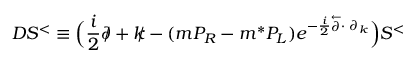
{ \cal D } S ^ { < } \equiv \Big ( \frac i 2 \partial \! \! \! / + k \! \! \! / - ( m P _ { R } - m ^ { * } P _ { L } ) e ^ { { - \frac i 2 \stackrel { \leftarrow } { \partial } } \cdot \; \partial _ { k } } \Big ) S ^ { < }